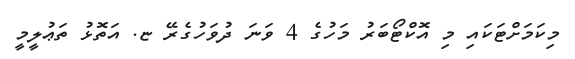
މިކަމަށްޓަކައި މި އޮކްޓޯބަރު މަހުގެ 4 ވަނަ ދުވަހުގެރޭ ޏ. އަތޮޅު ތަޢުލީމީ